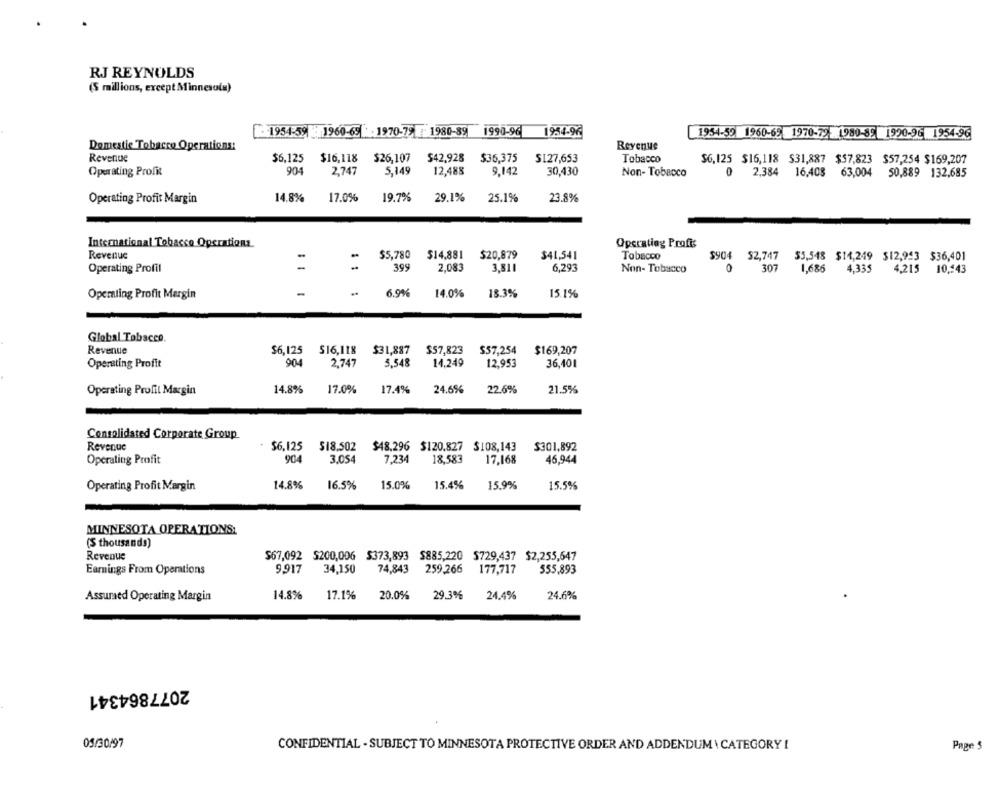
RJ REYNOLDS
(S milions, except Minnesota)
1954-59 1960-65 -1970-79 1980-89 1990-96
1934-96
1954-59 1960-65 1970-79- 1980-85 1990-96 1954-96
Domestic Tobacco Operations:
Revenue
Revenue
$6,125
$16,118
$26,107
$42,928
$35,375
S127,653
Tobacco
$6,125 $16,118 531,887 $57,823 $57,254 $169,207
Operating Profit
904
2,747
5,149
12,488
9,142
30,430
Non- Tobacco
0
2,384
16,403 63,004 50,889 132,685
14.8%
17.0%
19.7%
29.1%
25.1%
23.8%
Operating Profit Margin
International Tobacco Operations
Operating Profis
Revenue
-
$5,780 $14,881 $20,879
$41,541
Tobacco
$904 52,747 $3,548 $14,249 $12,943 $36,401
Operating Profit
1
-.
399
2,083
3,811
6,293
Non- Tobacco
0
307
1,686 4,335
4,215 10,543
-
6.9%
14.0%
18.3%
Operating Profit Margin
15.1%
Global Tobacco.
Revenue
$6,125
$16,118 $31,887 $57,823
$57,254
$169,207
Operating Profit
904
2,747
5.548
14,249
12,953
36,401
14.8%
17.0%
24.6%
22.6%
21.5%
Operating Profit Margin
17.4%
Consolidated Corporate Group
Revenue
$6,125
$18.502 $48.296 $120.827 $108,143
$301,892
Operating Profit
904
3.054
7,234
18,583
17,168
46,944
Operating Profit Margin
14.8%
16.5%
15.0%
15.49%
15.9%
15.5%
MINNESOTA OPERATIONS:
(S thousands)
Revenue
$67,092 S200,006 $373,893 $885,220 5729,437 $2,255,647
Earnings From Operations
9.917
34,150
74,843
259,266
177,717
555,893
Assured Operating Margin
14.8%
17.1%
20.0%
29.3%
24.4%
24.6%
2077864341
05/30/97
CONFIDENTIAL - SUBJECT TO MINNESOTA PROTECTIVE ORDER AND ADDENDUM \ CATEGORY I
Page 5